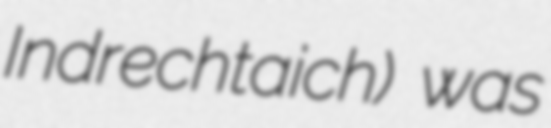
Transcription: Indrechtaich) was